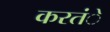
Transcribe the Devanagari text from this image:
करतंे